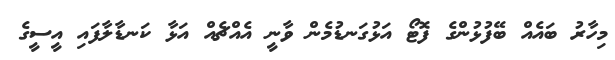
މިހާރު ބައެއް ބޭފުޅުންގެ ފޮޓޯ އަޅުގަނޑުމެން ވާނީ އެއްޗެއް އަޅާ ކަނޑާލާފައި އީސީގެ